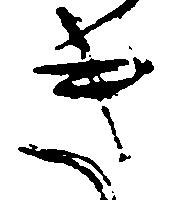
き